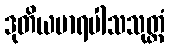
ဒုတိယမာရပါသသုတ္တံ